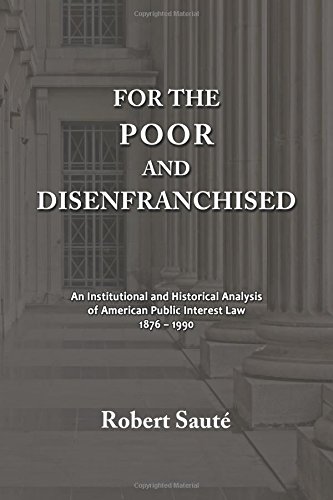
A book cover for For the Poor and Disenfranchised: An Institutional and Historical Analysis of American Public Interest Law, 1876-1990; Robert Saute; Law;